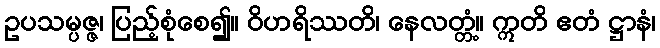
ဥပသမ္ပဇ္ဇ၊ ပြည့်စုံစေ၍။ ဝိဟရိဿတိ၊ နေလတ္တံ့။ ဣတိ ဧတံ ဋ္ဌာနံ၊